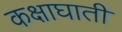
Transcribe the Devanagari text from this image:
कक्षाघाती